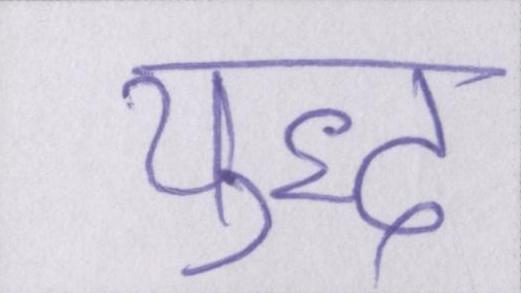
युद्ध